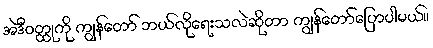
အဲဒီဝတ္ထုကို ကျွန်တော် ဘယ်လိုရေးသလဲဆိုတာ ကျွန်တော်ပြောပါမယ်။